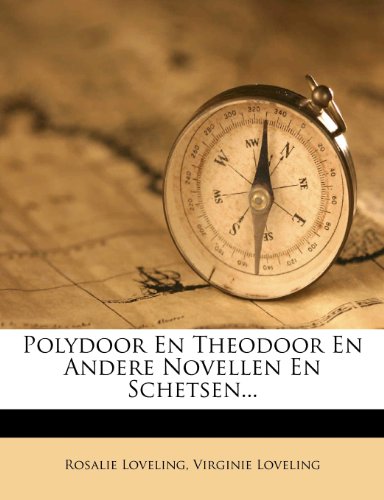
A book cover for Polydoor En Theodoor En Andere Novellen En Schetsen... (Dutch Edition); Rosalie Loveling; History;